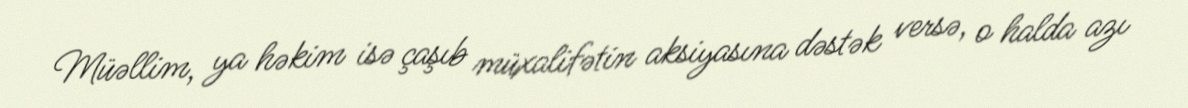
Müəllim, ya həkim isə çaşıb müxalifətin aksiyasına dəstək versə, o halda azı